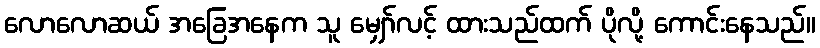
လောလောဆယ် အခြေအနေက သူ မျှော်လင့် ထားသည်ထက် ပိုလို့ ကောင်းနေသည်။